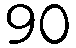
90